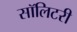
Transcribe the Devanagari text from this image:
सॉलिटरी